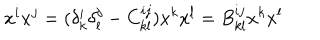
x ^ { i } x ^ { j } = ( \delta _ { k } ^ { i } \delta _ { l } ^ { j } - C _ { k l } ^ { i j } ) x ^ { k } x ^ { l } = B _ { k l } ^ { i j } x ^ { k } x ^ { l }